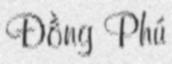
Đồng Phú